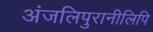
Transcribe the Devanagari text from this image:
अंजलिपुरानीलिपि